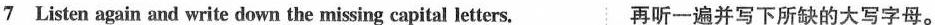
7 Listen again and write down the missing capital letters. 再听一遍并写下所缺的大写字母。